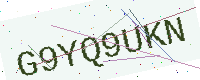
Text: G9YQ9UKN